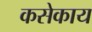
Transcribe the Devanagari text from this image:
कसेकाय